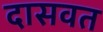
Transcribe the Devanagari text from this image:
दासवत